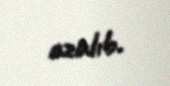
azalıb.